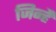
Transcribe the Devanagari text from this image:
जिन्हैं